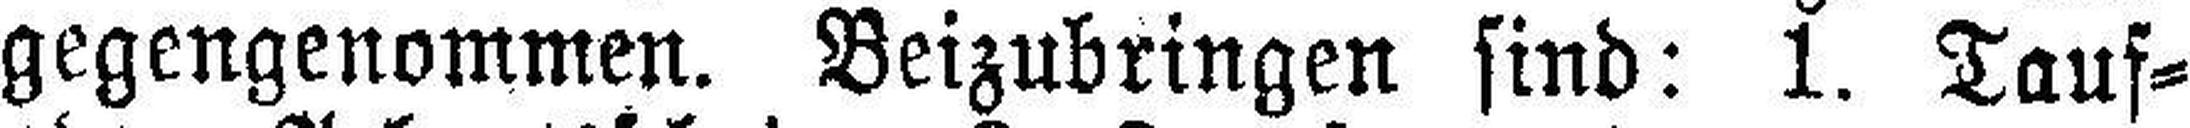
gegengenommen. Beizubringen sind: 1. Tauf¬